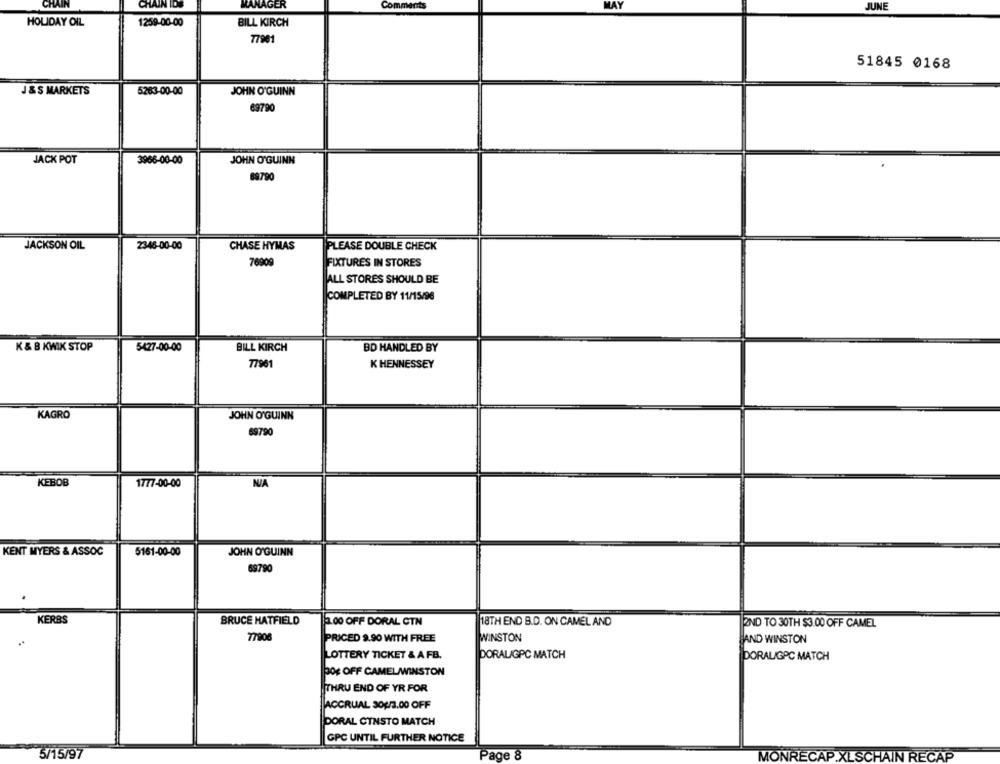
CHAIN
CHAIN IDS
MANAGER
Comments
JUNE
HOLIDAY OIL
1259-00-00
BILL KIRCH
77901
51845 0168
J & S MARKETS
5263-00-00
JOHN O'GUINN
69790
JACK POT
3966-00-00
JOHN O'GUINN
89790
2348-00-00
JACKSON OIL
CHASE HYMAS
PLEASE DOUBLE CHECK
76909
FIXTURES IN STORES
ALL STORES SHOULD BE
COMPLETED BY 11/15/96
K & B KWIK STOP
5427-00-00
BILL KIRCH
BD HANDLED BY
77961
K HENNESSEY
KAGRO
JOHN O'GUINN
69790
KEBOB
1777-00-00
KENT MYERS & ASSOC
5161-00-00
JOHN O'GUINN
69790
KERBS
BRUCE HATFIELD
3.00 OFF DORAL CTN
18TH END B.D. ON CAMEL AND
2ND TO 30TH $3.00 OFF CAMEL
77908
PRICED 9.90 WITH FREE
WINSTON
AND WINSTON
LOTTERY TICKET & AFB.
DORALIGPC MATCH
DORALIGPC MATCH
POE OFF CAMELAWINSTON
THRU END OF YR FOR
ACCRUAL 304/3.00 OFF
DORAL CINSTO MATCH
GPC UNTIL FURTHER NOTICE
5/15/97
Page 8
MONRECAP XLSCHAIN RECAP